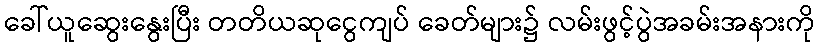
ခေါ်ယူဆွေးနွေးပြီး တတိယဆုငွေကျပ် ခေတ်များ၌ လမ်းဖွင့်ပွဲအခမ်းအနားကို